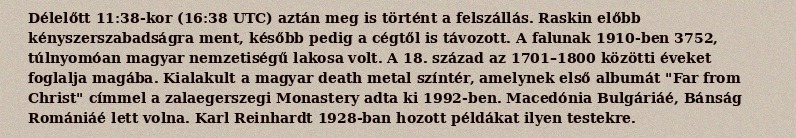
Délelőtt 11:38-kor (16:38 UTC) aztán meg is történt a felszállás. Raskin előbb kényszerszabadságra ment, később pedig a cégtől is távozott. A falunak 1910-ben 3752, túlnyomóan magyar nemzetiségű lakosa volt. A 18. század az 1701–1800 közötti éveket foglalja magába. Kialakult a magyar death metal színtér, amelynek első albumát "Far from Christ" címmel a zalaegerszegi Monastery adta ki 1992-ben. Macedónia Bulgáriáé, Bánság Romániáé lett volna. Karl Reinhardt 1928-ban hozott példákat ilyen testekre.